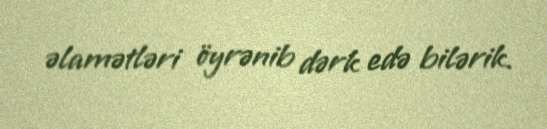
əlamətləri öyrənib dərk edə bilərik.